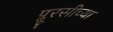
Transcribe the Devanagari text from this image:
प्लूरसीच्या